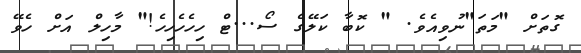
ގޮތަށް "މަތަ"ނުވިއެވެ. " ކޮބާ ކަލޭގެ ސޯ...ޓް ހިހެހެހިހެ!" މާހިލް އަށް ހެވޭ